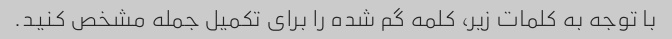
با توجه به کلمات زیر، کلمه گم شده را برای تکمیل جمله مشخص کنید.